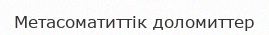
Метасоматиттік доломиттер